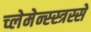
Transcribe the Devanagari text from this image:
च्लेमेन्स्स्त्रस्से